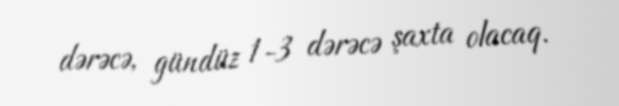
dərəcə, gündüz 1-3 dərəcə şaxta olacaq.